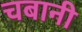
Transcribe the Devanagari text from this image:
चबानी